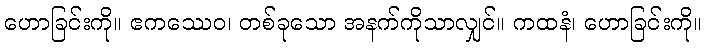
ဟောခြင်းကို။ ဧကဿေဝ၊ တစ်ခုသော အနက်ကိုသာလျှင်။ ကထနံ၊ ဟောခြင်းကို။